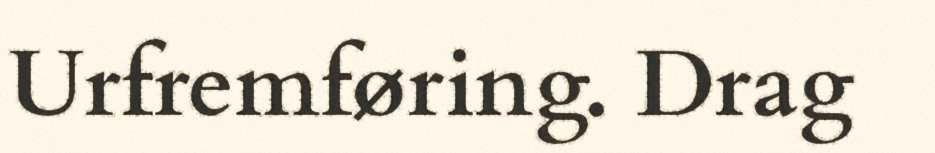
Urfremføring. Drag